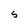
Character: s